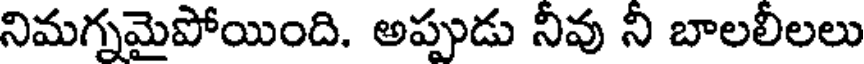
నిమగ్నమైపోయింది. అప్పుడు నీవు నీ బాలలీలలు